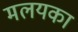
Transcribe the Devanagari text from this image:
मलयका